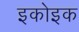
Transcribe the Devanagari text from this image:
इकोइक